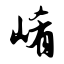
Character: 崤